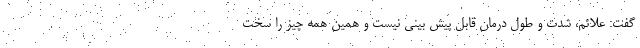
گفت: علائم، شدت و طول درمان قابل پیش بینی نیست و همین همه چیز را سخت